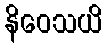
နိဝေသယိ